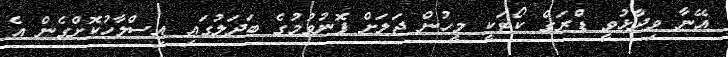
އޭނާ ވިދާޅުވީ ޑްރަގް ކޯޓަކީ މީހުން ޖަލަށް ފޮނުވުމުގެ ބަދަލުގައި އިސްލާހުކޮށްގެން އެ